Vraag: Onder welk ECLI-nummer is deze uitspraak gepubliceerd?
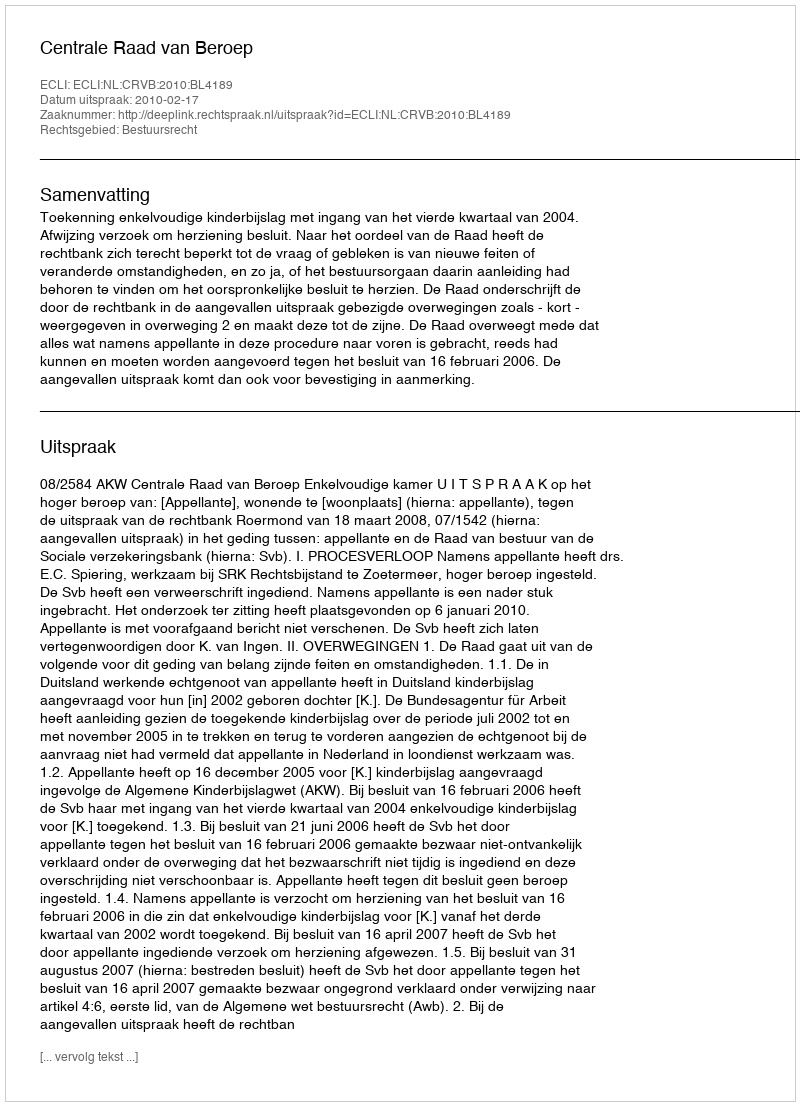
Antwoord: ECLI:NL:CRVB:2010:BL4189